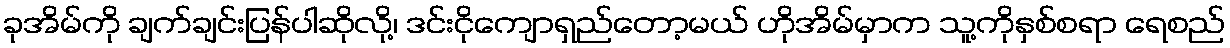
ခုအိမ်ကို ချက်ချင်းပြန်ပါဆိုလို့၊ ဒင်းငိုကျောရှည်တော့မယ် ဟိုအိမ်မှာက သူ့ကိုနှစ်စရာ ရေစည်